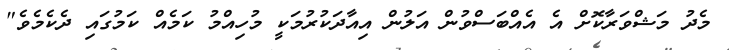
މެދު މަޝްވަރާކޮށް އެ އެއްބަސްވުން އަލުން އިއާދަކުރުމަކީ މުހިއްމު ކަމެއް ކަމުގައި ދެކެމެވެ"